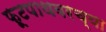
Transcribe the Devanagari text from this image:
फूटपाथवरच्या